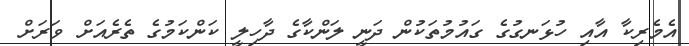
އެމެރިކާ އާއި ހުޅަނގުގެ ގައުމުތަކުން ދަނީ ލަންކާގެ ދާހިލީ ކަންކަމުގެ ތެރެއަށް ވަރަށް